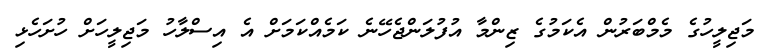
މަޖިލީހުގެ މެމްބަރުން އެކަމުގެ ޒިންމާ އުފުލަންޖެހޭނެ ކަމެއްކަމަށް އެ އިސްލާހު މަޖިލީހަށް ހުށަހެޅި